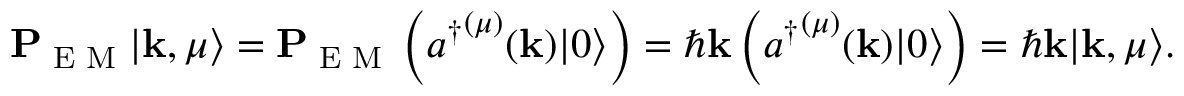
\mathbf { P } _ { \textrm { E M } } | \mathbf { k } , \mu \rangle = \mathbf { P } _ { \textrm { E M } } \left( { a ^ { \dagger } } ^ { ( \mu ) } ( \mathbf { k } ) | 0 \rangle \right) = \hbar \mathbf { k } \left( { a ^ { \dagger } } ^ { ( \mu ) } ( \mathbf { k } ) | 0 \rangle \right) = \hbar \mathbf { k } | \mathbf { k } , \mu \rangle .